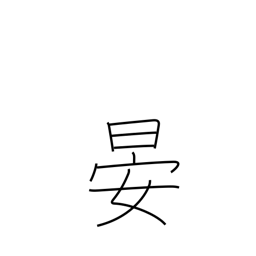
Meaning: sets (sun)